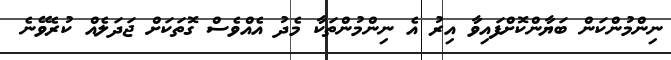
ނިންމުންކަން ބަޔާންކޮށްފައިވާ އިރު އެ ނިންމުންތަކާ މެދު އެއްވެސް ގޮތަކަށް ޖަދަލެއް ކުރެވޭނެ